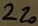
Text: 220